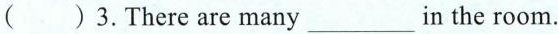
_( )3. There are many ___in the room.